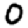
Digit: 0